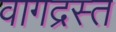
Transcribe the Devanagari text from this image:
वागद्रस्त